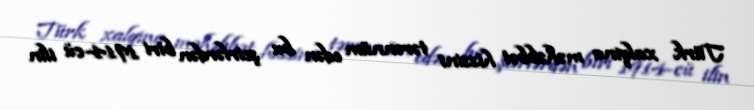
Türk xalqına məhəbbət hissini tərənnüm edən bu şeirlərdən biri 1914-cü ilin